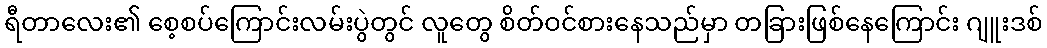
ရီတာလေး၏ စေ့စပ်ကြောင်းလမ်းပွဲတွင် လူတွေ စိတ်ဝင်စားနေသည်မှာ တခြားဖြစ်နေကြောင်း ဂျူးဒစ်